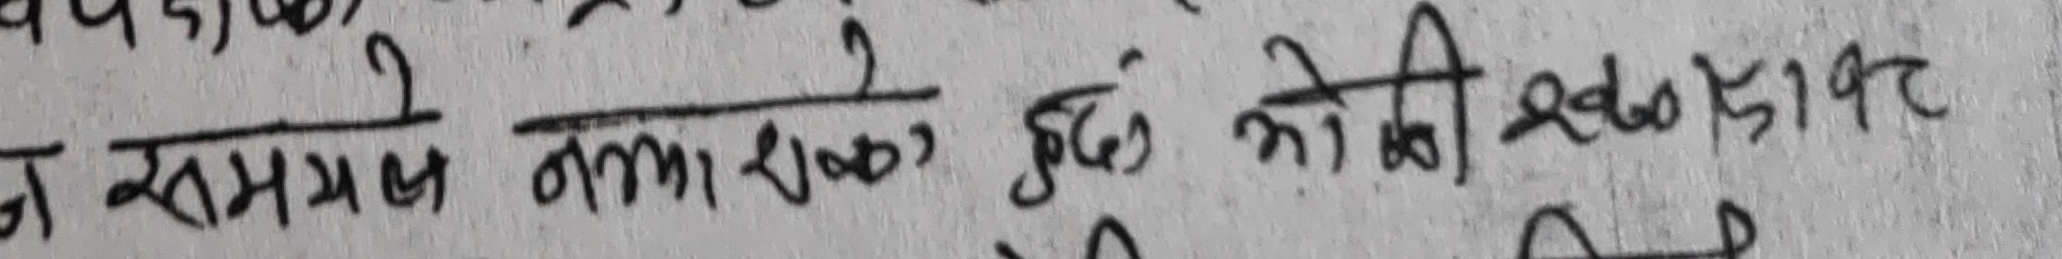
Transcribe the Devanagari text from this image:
न समयले नाशकों कुछ भो की खण्डावट